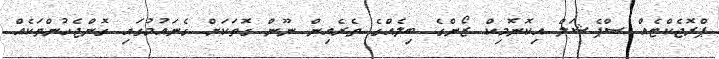
ޕްރޮޖެކްޓެއް ސްޕެޝަލް އިކޮނޮމިކް ޒޯންގެ ބިލެއްގެ ތެރެއިން ނޫން ގޮތަކަށް ގެނައުމުގައި ގޮންޖެހުންތަކެއް